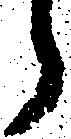
う